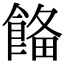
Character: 𩜗